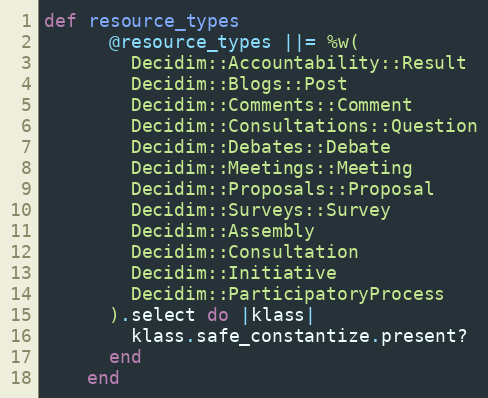
Language: Ruby
def resource_types
      @resource_types ||= %w(
        Decidim::Accountability::Result
        Decidim::Blogs::Post
        Decidim::Comments::Comment
        Decidim::Consultations::Question
        Decidim::Debates::Debate
        Decidim::Meetings::Meeting
        Decidim::Proposals::Proposal
        Decidim::Surveys::Survey
        Decidim::Assembly
        Decidim::Consultation
        Decidim::Initiative
        Decidim::ParticipatoryProcess
      ).select do |klass|
        klass.safe_constantize.present?
      end
    end